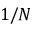
1 / N